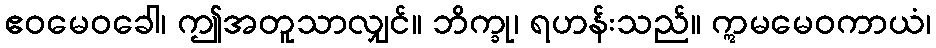
ဧဝမေဝခေါ၊ ဤအတူသာလျှင်။ ဘိက္ခု၊ ရဟန်းသည်။ ဣမမေဝကာယံ၊